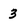
Character: 3